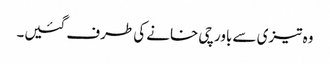
وہ تیزی سے باورچی خانے کی طرف گئیں۔